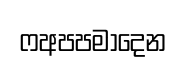
ෆඅපපමාදෙන